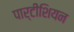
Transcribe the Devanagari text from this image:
पार्टीशियन